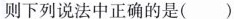
则下列说法中正确的是( )